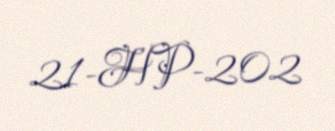
21-HP-202